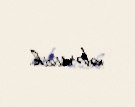
xəbərsizik.